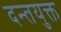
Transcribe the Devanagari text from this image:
दन्तयुक्त